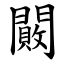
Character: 闝